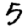
Digit: 5